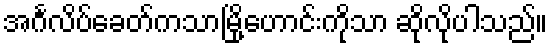
အင်္ဂလိပ်ခေတ်ကသာမြို့ဟောင်းကိုသာ ဆိုလိုပါသည်။